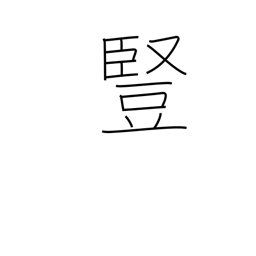
Meaning: vertical